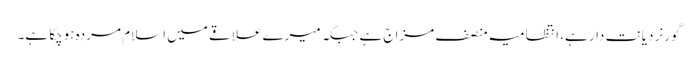
گورنر دیانت دار ہے، انتظامیہ منصف مزاج ہے جبکہ میرے علاقے میں اسلام مردہ ہوچکا ہے۔